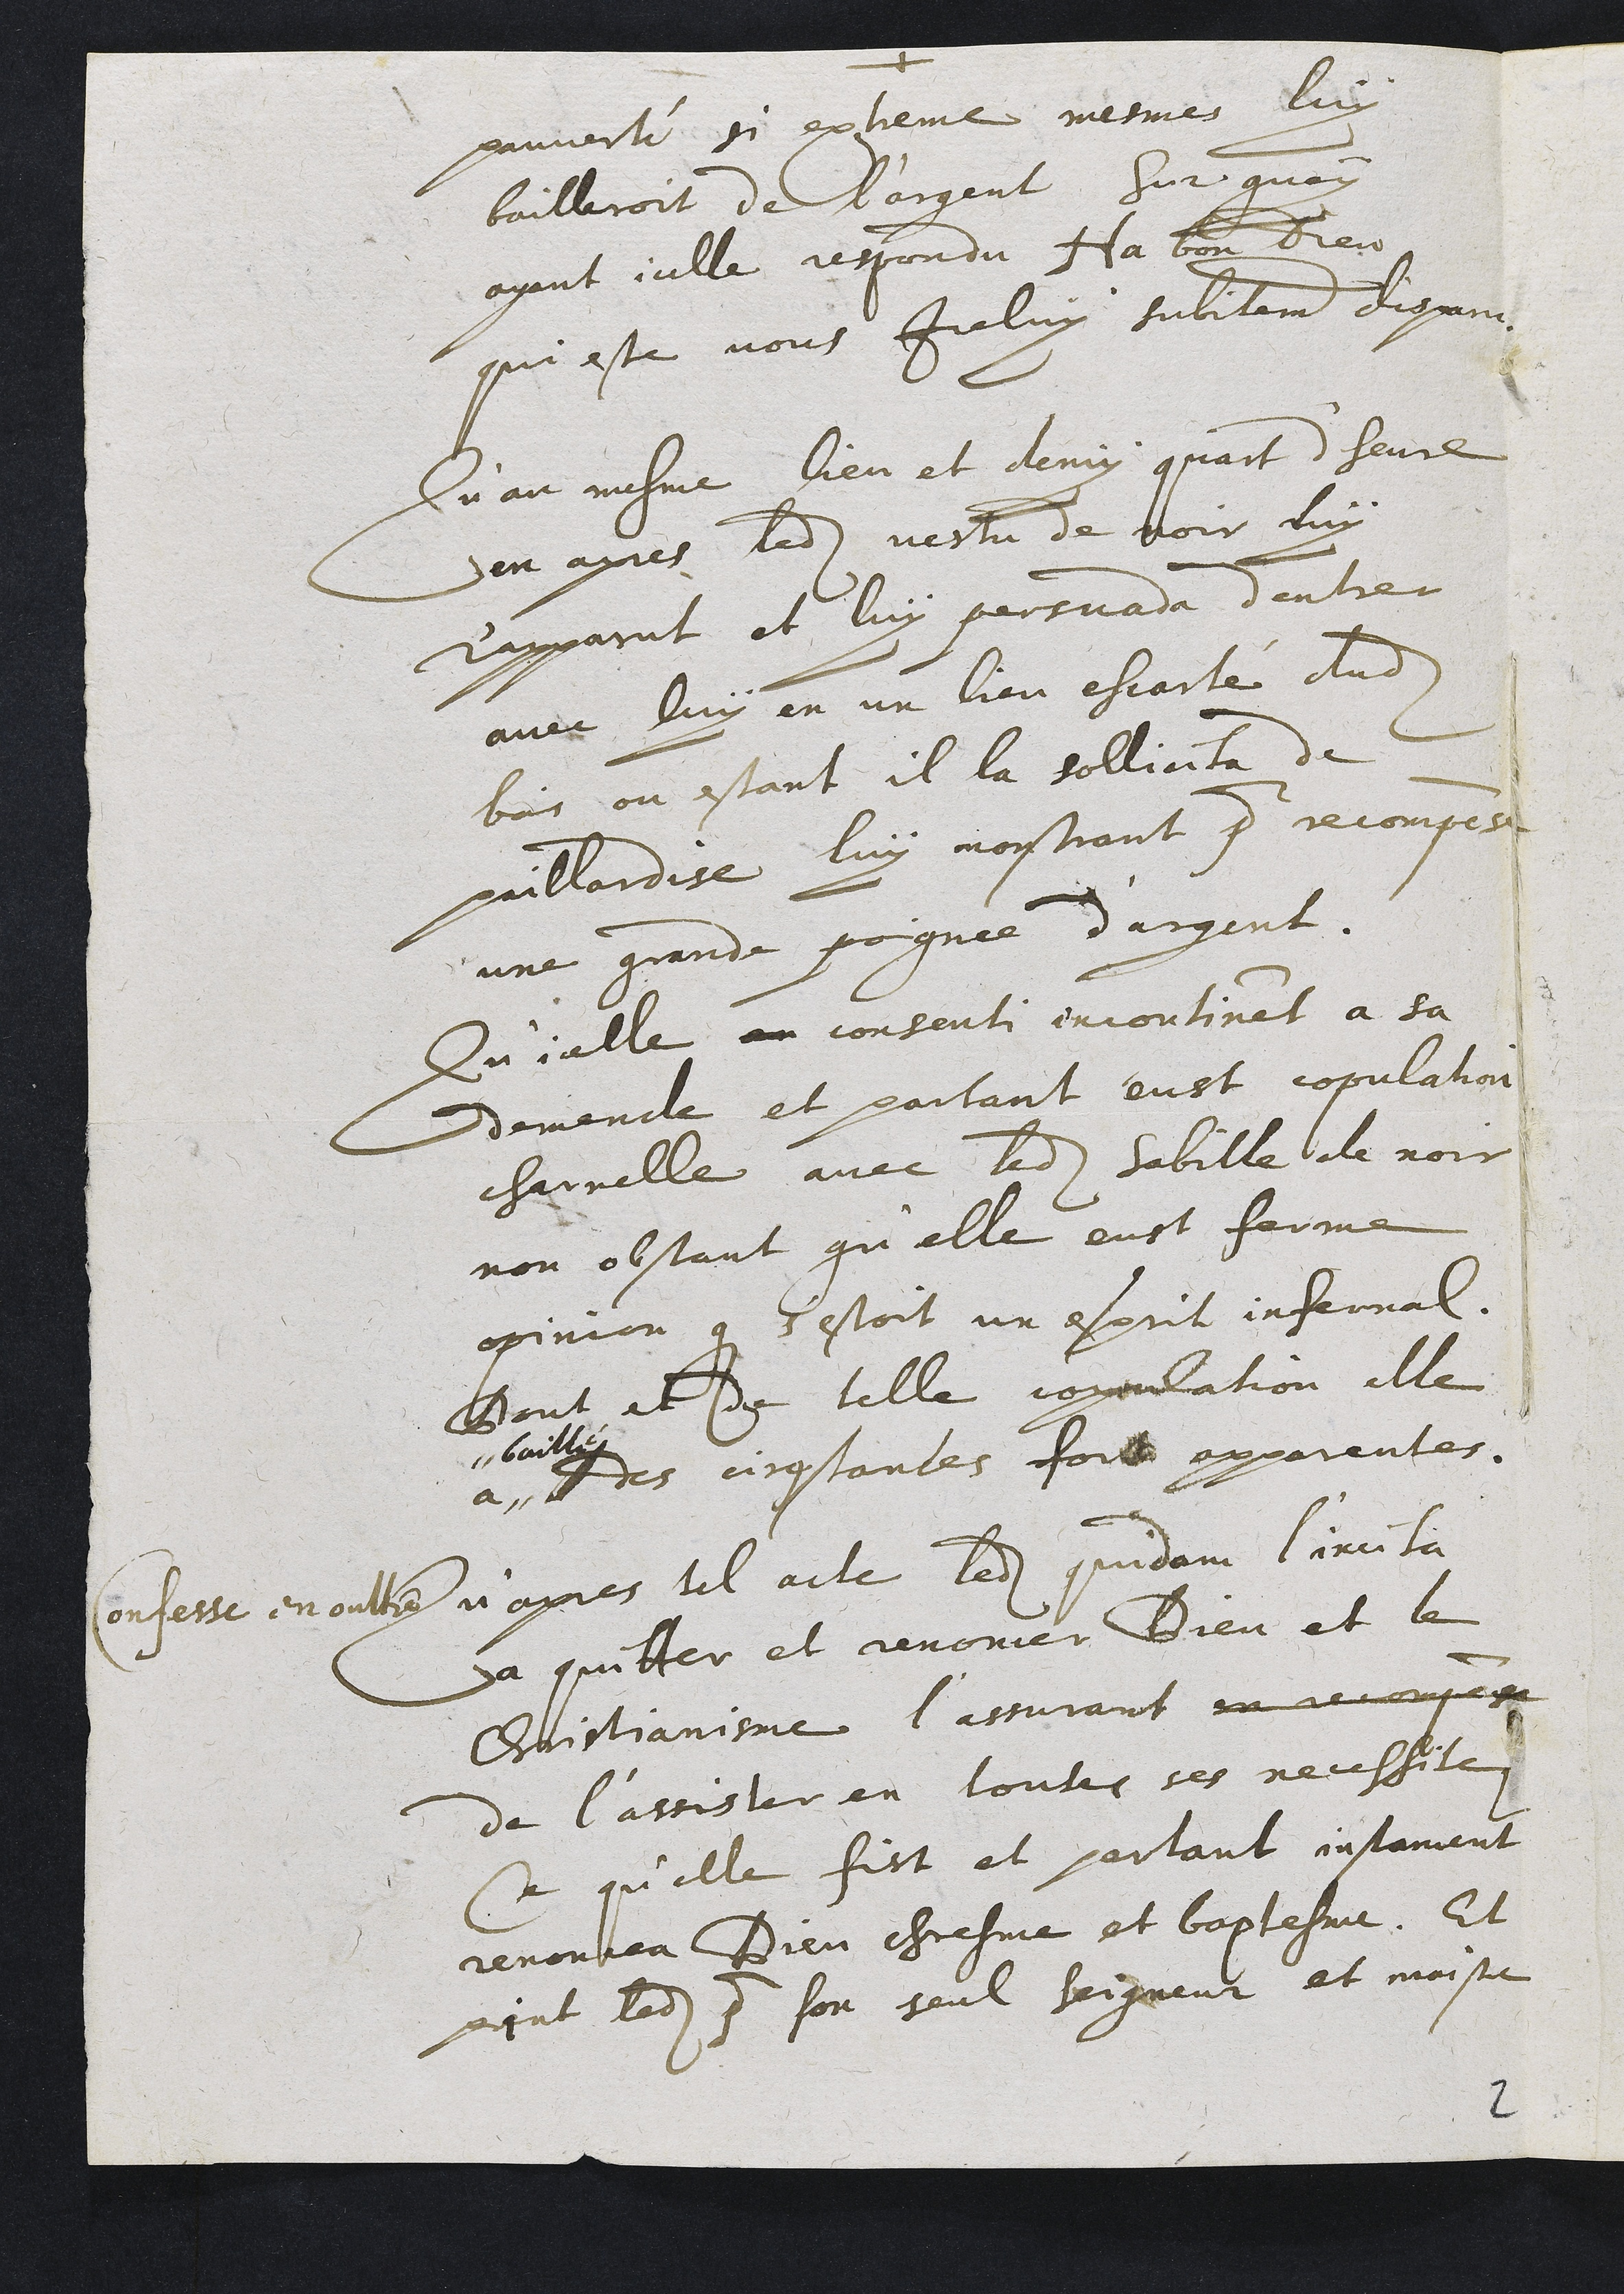
pauverté si extreme mesmes luy
bailleroit de l'argent sur quoy
ayant icelle respondu Ala bon bieu
qui este vous Iceluy subitement digami
Eu au mesme lieu et demy quart d'heure
en apres ledit vestu de voir luy
Rapparat et luy persvada dentrer
avec luy en un lieu escarté dudit
bois ou estant il la sollicita de
paillardise luy mosstrant pour recompes
une grande pognée d'argent.
Du ielle en consenti incontinet a sa
demende et partant eust copulation
charnelle avec ledit sabille de noir
non obstant qu'elle eust ferme
opinion que s'estoit un esprit infernal
Dout et de telle copulation elle
41
bailty
es cirostantes fort appareutes.
Confesse en oultre u'apres tel acte ledit quidam l'incita
a quitter et renoncer Dieu et le
Eistianisme l'assurant en recompesen
de l'assister en toutes ses necesfile
De qu'elle fist et partant instament
renoulea Dieu chresme et baptesme. Et
print ledit 7 son seul haigneur et moistre